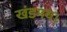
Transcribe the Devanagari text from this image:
खंडमय।